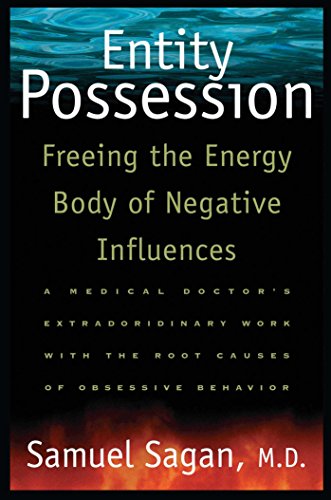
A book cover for Entity Possession: Freeing the Energy Body of Negative Influences; Samuel Sagan; Religion & Spirituality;